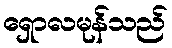
ရှောလမုန်သည်